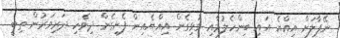
ނޭޕާލަށް އިއްޔެ އައި ބިންހެލުމާއި ގުޅިގެން އިއްޔެއިން ފެށިގެން ދިވެހި ދަރިވަރުން ތިބީ